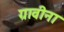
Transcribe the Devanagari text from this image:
ग्रावीना